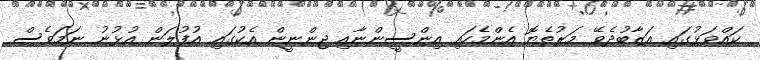
ކައްވަޅުގައި އަޒާބުދެވޭ މަރުތެޔޮ އެންމެހައި އިންސީންނާއި ޖިންނީން އެކުގައި އުފުލަން އުޅުނު ނަމަވެސް